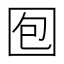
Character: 𱕹